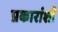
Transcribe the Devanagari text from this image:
प्रकारांशी